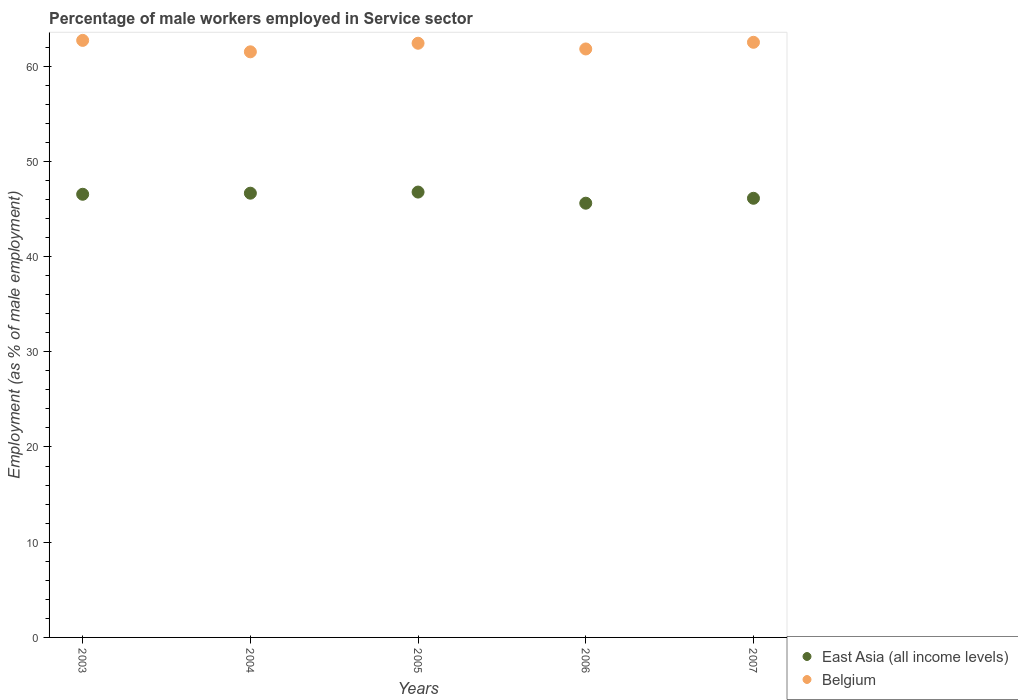
| Years | East Asia (all income levels) | Belgium |
 | --- | --- | --- |
 | 2003 | 46.5 | 62.7 |
 | 2004 | 46.7 | 61.5 |
 | 2005 | 46.8 | 62.4 |
 | 2006 | 45.6 | 61.8 |
 | 2007 | 46.1 | 62.5 |